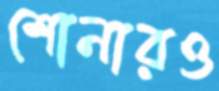
শোনারও